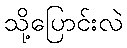
သို့ပြောင်းလဲ